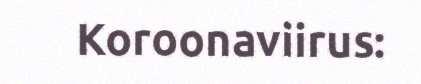
Koroonaviirus: